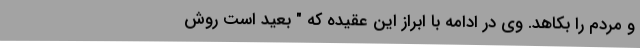
و مردم را بکاهد. وی در ادامه با ابراز این عقیده که " بعید است روش